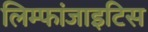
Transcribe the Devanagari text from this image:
लिम्फांजाइटिस